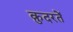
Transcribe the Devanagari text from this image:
क़ुदरतें